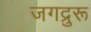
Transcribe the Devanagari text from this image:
जगद्रुरू